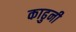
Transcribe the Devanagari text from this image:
काढुनी